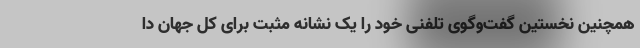
همچنین نخستین گفت‌وگوی تلفنی خود را یک نشانه مثبت برای کل جهان دا